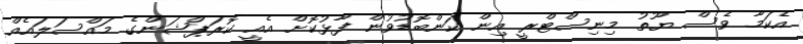
އެކަމާ ވެސް ޔޫތު މިނިސްޓްރީ އިން ކަންބޮޑުވުން ފާޅުކޮށް އެއީ ކޮރަޕްޝަންގެ މައްސަލައެއް